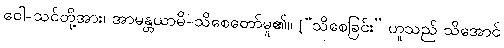
ဝေါ-သင်တို့အား၊ အာမန္တယာမိ-သိစေတော်မူ၏။ [“သိစေခြင်း” ဟူသည် သိအောင်